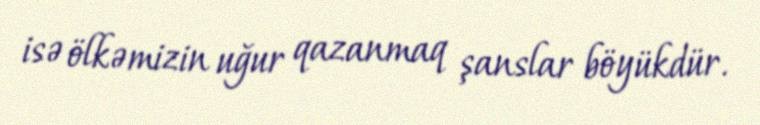
isə ölkəmizin uğur qazanmaq şanslar böyükdür.